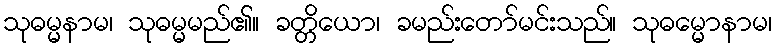
သုဓမ္မနာမ၊ သုဓမ္မမည်၏။ ခတ္တိယော၊ ခမည်းတော်မင်းသည်။ သုဓမ္မောနာမ၊